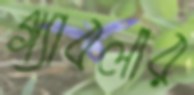
গ্যাবলার